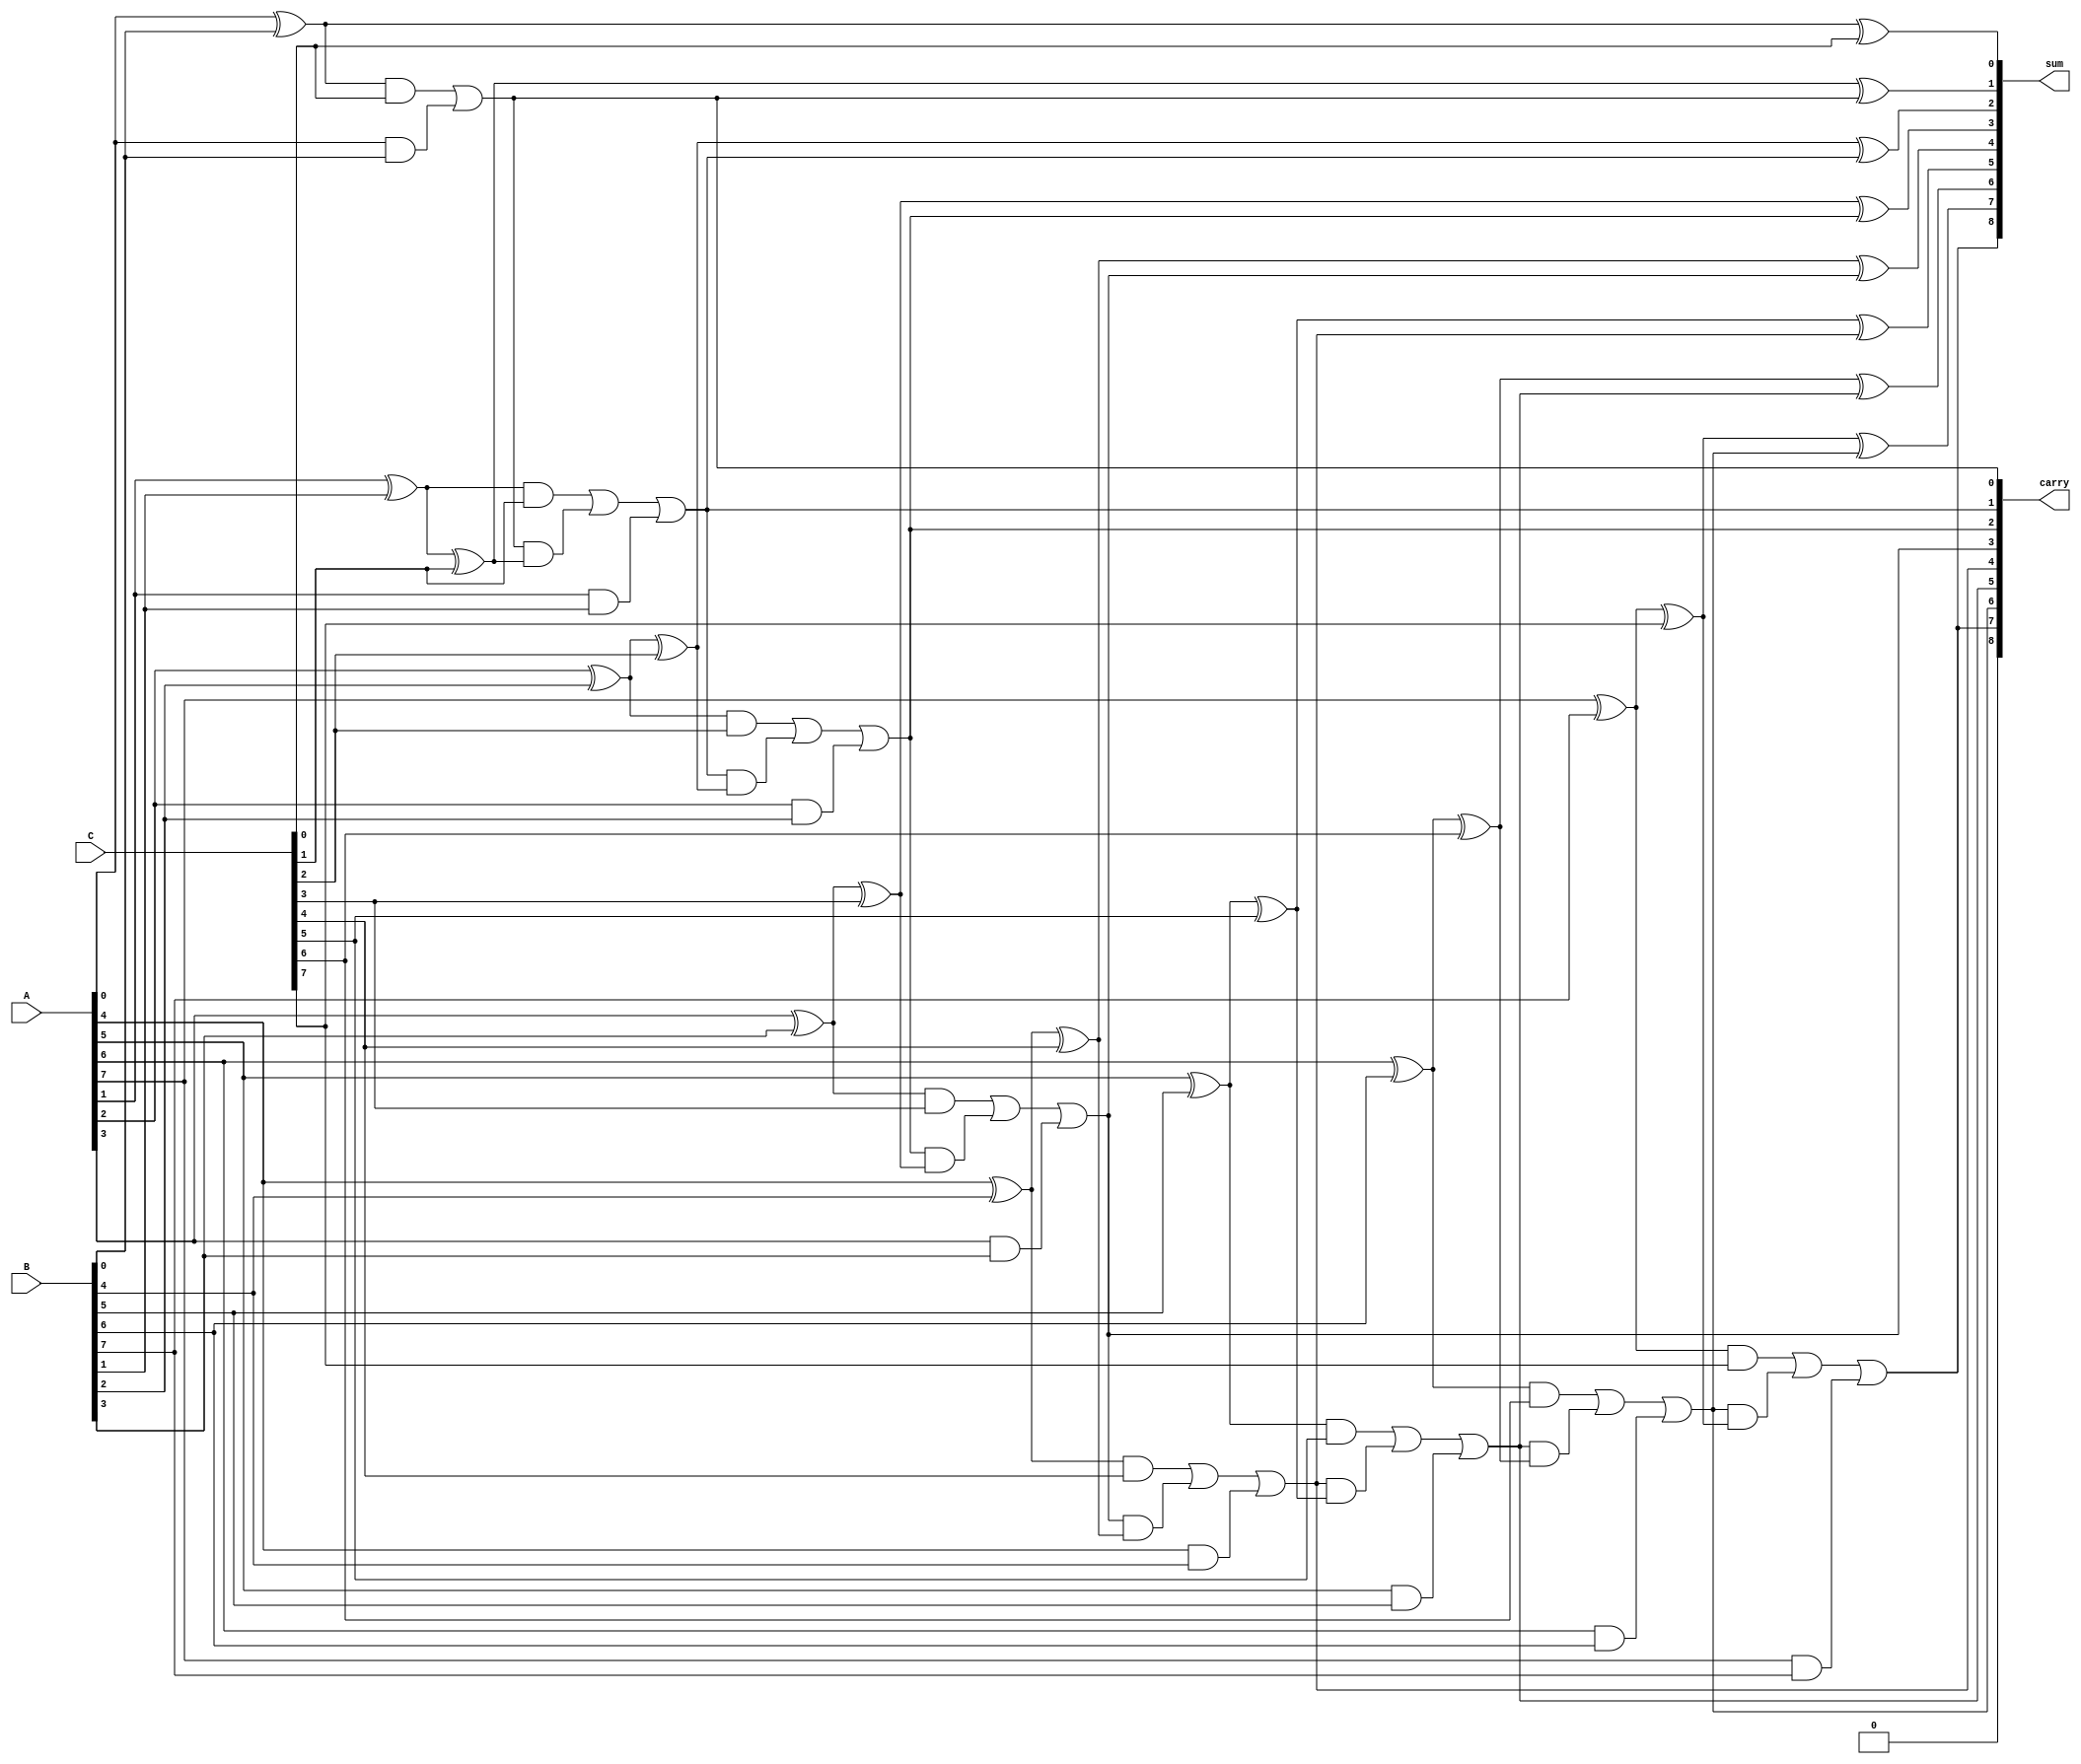
module carry_save_adder #(parameter N = 8) (
    input  [N-1:0] A,   // First input
    input  [N-1:0] B,   // Second input
    input  [N-1:0] C,   // Third input
    output [N:0] sum,   // Sum output
    output [N:0] carry   // Carry output
);

    wire [N-1:0] HA_sum, HA_carry; // Half adder outputs
    wire [N-1:0] FA_sum, FA_carry; // Full adder outputs

    // Generate half adders for the first two inputs
    genvar i;
    generate
        for (i = 0; i < N; i = i + 1) begin : half_adders
            if (i == 0) begin
                // First half adder for the least significant bit
                assign HA_sum[i] = A[i] ^ B[i];
                assign HA_carry[i] = A[i] & B[i];
            end else begin
                assign HA_sum[i] = A[i] ^ B[i];
                assign HA_carry[i] = A[i] & B[i];
            end
        end
    endgenerate

    // Generate full adders for the combined sum and the third input
    generate
        for (i = 0; i < N; i = i + 1) begin : full_adders
            if (i == 0) begin
                // Full adder for the least significant bit
                assign FA_sum[i] = HA_sum[i] ^ C[i];
                assign FA_carry[i] = (HA_sum[i] & C[i]) | HA_carry[i];
            end else begin
                assign FA_sum[i] = HA_sum[i] ^ C[i] ^ FA_carry[i-1];
                assign FA_carry[i] = (HA_sum[i] & C[i]) | (FA_carry[i-1] & (HA_sum[i] ^ C[i])) | HA_carry[i];
            end
        end
    endgenerate

    // Final carry and sum outputs
    assign sum = {FA_carry[N-1], FA_sum}; // Concatenate the last carry bit
    assign carry = {1'b0, FA_carry}; // Concatenate a zero for the carry output

endmodule